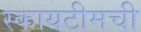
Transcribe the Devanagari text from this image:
स्कायटीमची